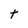
Character: t